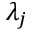
\lambda _ { j }